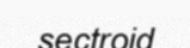
sectroid